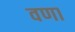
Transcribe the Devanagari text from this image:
वणा